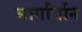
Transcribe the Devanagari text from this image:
मार्गार्यान